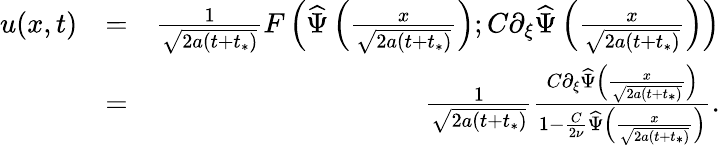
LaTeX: \begin{array}{rlr}{u(x,t)}&{=}&{\frac{1}{\sqrt{2a(t+t_{*})}}F\left(\widehat{\Psi}\left(\frac{x}{\sqrt{2a(t+t_{*})}}\right);C\partial_{\xi}\widehat{\Psi}\left(\frac{x}{\sqrt{2a(t+t_{*})}}\right)\right)}\\ &{=}&{\frac{1}{\sqrt{2a(t+t_{*})}}\frac{C\partial_{\xi}\widehat{\Psi}\left(\frac{x}{\sqrt{2a(t+t_{*})}}\right)}{1-\frac{C}{2\nu}\widehat{\Psi}\left(\frac{x}{\sqrt{2a(t+t_{*})}}\right)}.}\end{array}